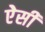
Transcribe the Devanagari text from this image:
ऐेसी